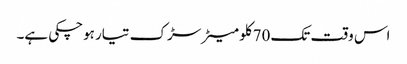
اس وقت تک 70کلو میٹر سڑک تیار ہوچکی ہے۔